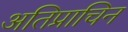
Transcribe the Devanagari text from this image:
अतिप्राचिन